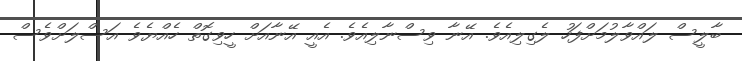
ބާލީސް ލައްވާލުމަށްފަހު ލެގިލިއެވެ. އޭނާ ވިސްނާލިއެވެ. އެއީ އޭނާއަށް ހީވިގޮތް ހެއްޔެވެ އަސްލަށްވެސް